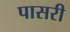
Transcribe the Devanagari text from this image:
पासरी